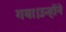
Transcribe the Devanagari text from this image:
गया।उन्होंने